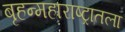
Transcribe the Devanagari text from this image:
बृहन्महाराष्ट्रातला